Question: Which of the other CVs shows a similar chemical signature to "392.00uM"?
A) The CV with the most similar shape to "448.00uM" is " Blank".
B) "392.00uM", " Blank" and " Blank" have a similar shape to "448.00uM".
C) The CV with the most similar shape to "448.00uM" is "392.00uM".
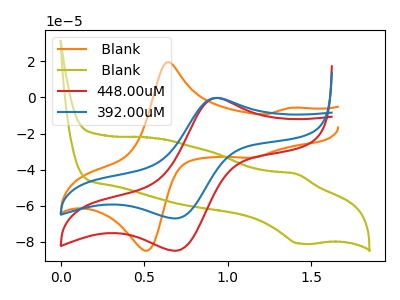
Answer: <think>The orange curve " Blank" has anodic peaks at (0.65V, 19.45uA) (1.35V, -5.80uA) and cathodic peaks at (0.50V, -84.25uA) (1.15V, -33.40uA). The olive curve " Blank" has an anodic peak at (1.40V, -42.35uA) and a cathodic peak at (1.45V, -80.90uA). The red curve "448.00uM" has an anodic peak at (0.95V, -0.30uA) and a cathodic peak at (0.70V, -84.80uA). The blue curve "392.00uM" has an anodic peak at (0.95V, -0.25uA) and a cathodic peak at (0.70V, -66.95uA).
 " Blank" and " Blank" have a different number of peaks. " Blank" and "448.00uM" have a different number of peaks. " Blank" and "392.00uM" have a different number of peaks. " Blank" and "448.00uM" have at least one peak that do not match. " Blank" and "392.00uM" have at least one peak that do not match. All the peaks in "448.00uM" have a peak in "392.00uM" at the same potential.</think>
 <answer>C) The CV with the most similar shape to "448.00uM" is "392.00uM".</answer>
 <eval>C</eval>